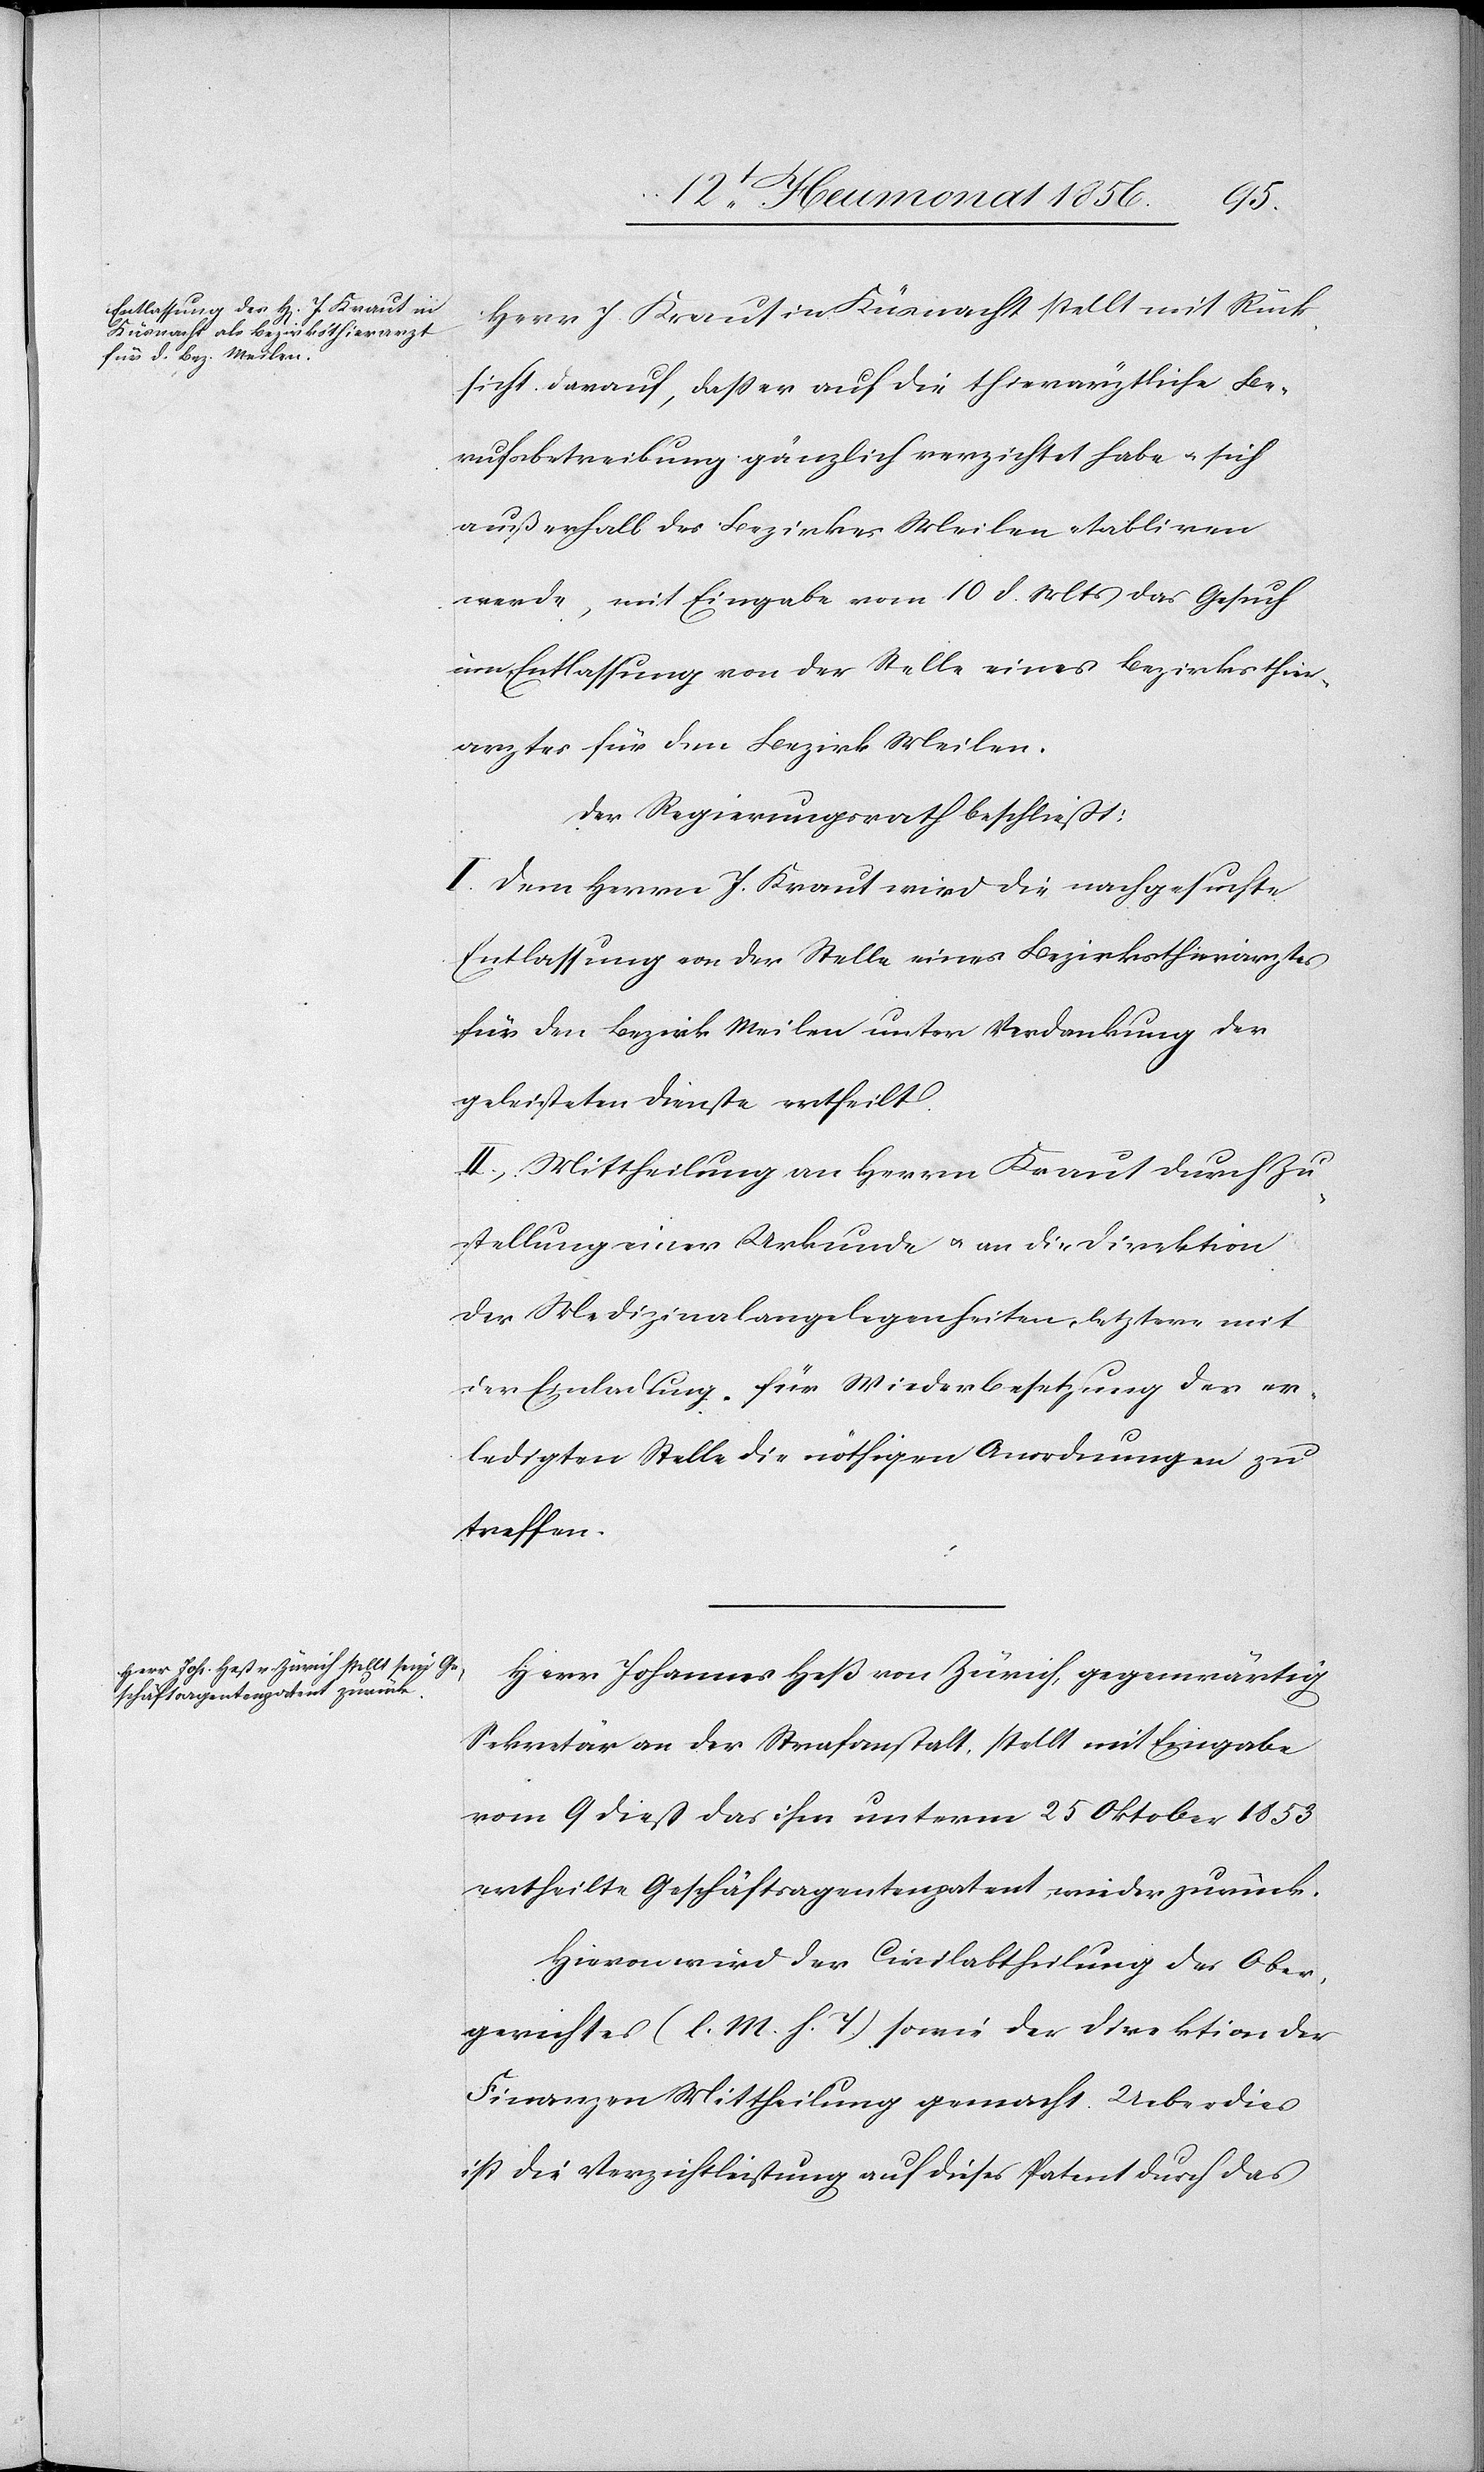
Herr J. Kraut in Küsnacht stellt mit Rück¬
sicht darauf, dass er auf die thierärztliche Be¬
rufsbetreibung gänzlich verzichtet habe u. sich
außerhalb des Bezirkes Meilen etabliren
werde, mit Eingabe vom 10 d. Mts das Gesuch
um Entlassung von der Stelle eines Bezirksthier¬
arztes für den Bezirk Meilen.
Der Regierungsrath beschließt:
I. Dem Herrn J. Kraut wird die nachgesuchte
Entlassung von der Stelle eines Bezirksthierarztes
für den Bezirk Meilen unter Verdankung der
geleisteten Dienste ertheilt.
II. Mittheilung an Herrn Kraut durch Zu¬
stellung einer Urkunde u. an die Direktion
der Medizinalangelegenheiten, letztere mit
der Einladung für Wiederbesetzung der er¬
ledigten Stelle die nöthigen Anordnungen zu
treffen.
Herr Johannes Heß von Zürich, gegenwärtig
Sekretär an der Strafanstalt, stellt mit Eingabe
vom 9 dieß das ihm unterm 25 Oktober 1853
ertheilte Geschäftsagentenpatent wieder zurück.
Hievon wird der Civilabtheilung des Ober¬
gerichtes (l. M. h. T.) sowie der Direktion der
Finanzen Mittheilung gemacht. Ueberdies
ist die Verzichtleistung auf dieses Patent durch das